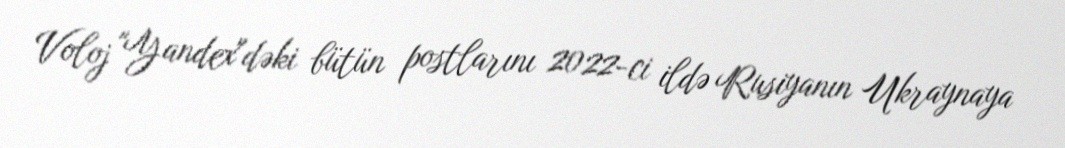
Voloj "Yandex"dəki bütün postlarını 2022-ci ildə Rusiyanın Ukraynaya